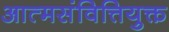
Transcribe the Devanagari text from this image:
आत्मसंवित्तियुक्त